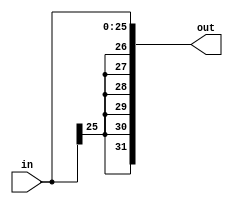
`timescale 1ns / 1ps
//////////////////////////////////////////////////////////////////////////////////
// Company: 
// Engineer: 
// 
// Design Name: 
// Module Name: sign_extend
// Project Name: 
// Target Devices: 
// Tool Versions: 
// Description: 
// 
// Dependencies: 
// 
// Revision:
// Revision 0.01 - File Created
// Additional Comments:
// 
//////////////////////////////////////////////////////////////////////////////////
module sign_extend(input[25:0]in,output[31:0]out);
assign out={{6{in[25]}},in};
endmodule